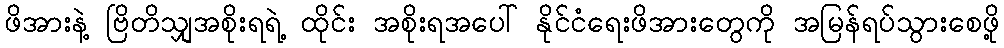
ဖိအားနဲ့ ဗြိတိသျှအစိုးရရဲ့ ထိုင်း အစိုးရအပေါ် နိုင်ငံရေးဖိအားတွေကို အမြန်ရပ်သွားစေဖို့